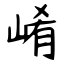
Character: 崤